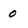
Character: 0